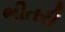
ભીતરી